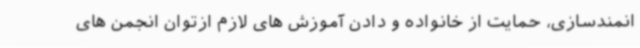
انمندسازی، حمایت از خانواده و دادن آموزش های لازم ازتوان انجمن های